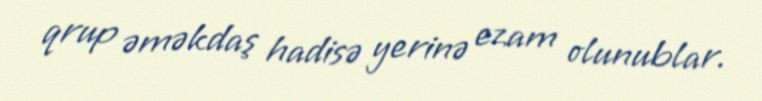
qrup əməkdaş hadisə yerinə ezam olunublar.